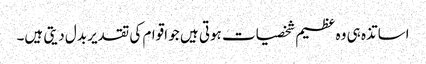
اساتذہ ہی وہ عظیم شخصیات ہوتی ہیں جو اقوام کی تقدیر بدل دیتی ہیں۔